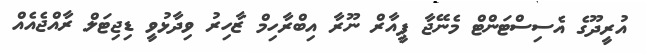
އުރީދޫގެ އެސިސްޓަންޓް މެނޭޖާ ޕީއާރް ނޫރާ އިބްރާހިމް ޒާހިރު ވިދާޅުވީ ޑިޖިޓަލް ރާއްޖެއެއް